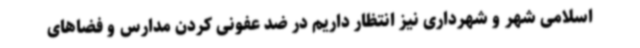
اسلامی شهر و شهرداری نیز انتظار داریم در ضد عفونی کردن مدارس و فضاهای